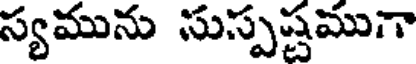
స్యమును సుస్పష్టముగా